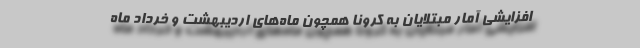
افزایشی آمار مبتلایان به کرونا همچون ماه‌های اردیبهشت و خرداد ماه